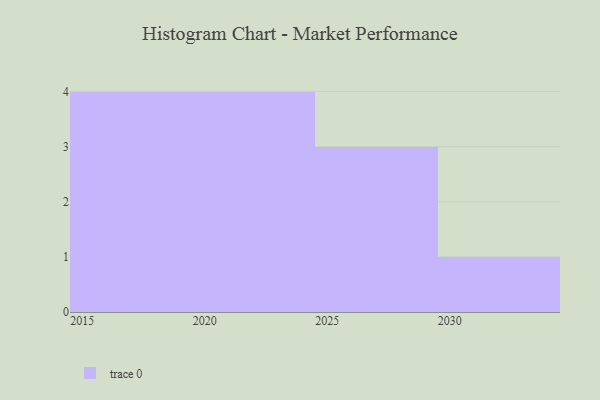
{"axis": {"x": "Year", "y": "Website Visitors"}, "legend": [""], "data": [{"x": "2028", "y": 97, "type": ""}, {"x": "2021", "y": 99, "type": ""}, {"x": "2027", "y": 40, "type": ""}, {"x": "2030", "y": 25, "type": ""}, {"x": "2026", "y": 65, "type": ""}, {"x": "2016", "y": 31, "type": ""}, {"x": "2024", "y": 57, "type": ""}, {"x": "2022", "y": 21, "type": ""}, {"x": "2017", "y": 91, "type": ""}, {"x": "2020", "y": 71, "type": ""}, {"x": "2015", "y": 36, "type": ""}, {"x": "2019", "y": 88, "type": ""}]}